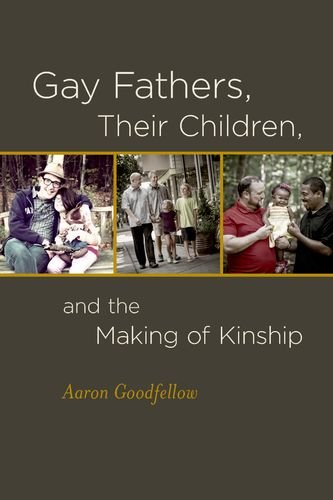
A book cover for Gay Fathers, Their Children, and the Making of Kinship; Aaron Goodfellow; Gay & Lesbian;